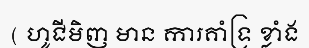
( ហូជីមិញ មាន ការគាំទ្រ ខ្លាំង